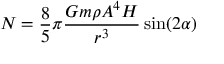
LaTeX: N = { \frac { 8 } { 5 } } \pi { \frac { G m \rho A ^ { 4 } H } { r ^ { 3 } } } \sin ( 2 \alpha )